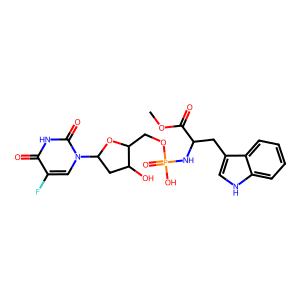
SMILES: COC(=O)C(Cc1c[nH]c2ccccc12)NP(=O)(O)OCC1OC(n2cc(F)c(=O)[nH]c2=O)CC1O
Inhibits HIV replication: No